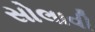
સોલાવી